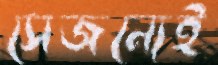
সেজন্যেই